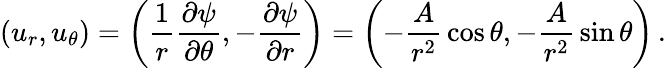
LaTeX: (u_{r},u_{\theta})=\left({\frac{1}{r}}{\frac{\partial\psi}{\partial\theta}},-{\frac{\partial\psi}{\partial r}}\right)=\left(-{\frac{A}{r^{2}}}\cos\theta,-{\frac{A}{r^{2}}}\sin\theta\right)\, .